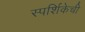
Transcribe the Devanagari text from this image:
स्पर्शिकेची